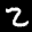
Label: 2